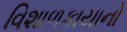
વિશાળકાયાનો